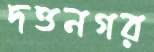
দত্তনগর